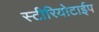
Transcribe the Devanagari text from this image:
स्टीरियोटाईप